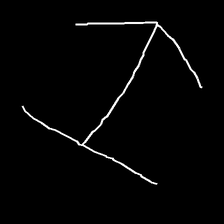
Glyph: levitation